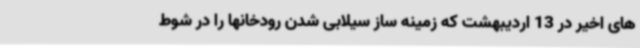
های اخیر در 13 اردیبهشت که زمینه ساز سیلابی شدن رودخانها را در شوط